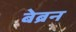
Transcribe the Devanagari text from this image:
बेब्रन